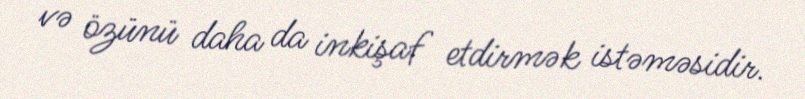
və özünü daha da inkişaf etdirmək istəməsidir.